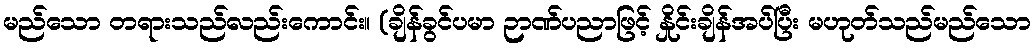
မည်သော တရားသည်လည်းကောင်း။ (ချိန်ခွင်ပမာ ဉာဏ်ပညာဖြင့် နှိုင်းချိန်အပ်ပြီး မဟုတ်သည်မည်သော